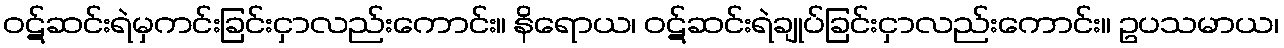
ဝဋ်ဆင်းရဲမှကင်းခြင်းငှာလည်းကောင်း။ နိရောယ၊ ဝဋ်ဆင်းရဲချုပ်ခြင်းငှာလည်းကောင်း။ ဥပသမာယ၊